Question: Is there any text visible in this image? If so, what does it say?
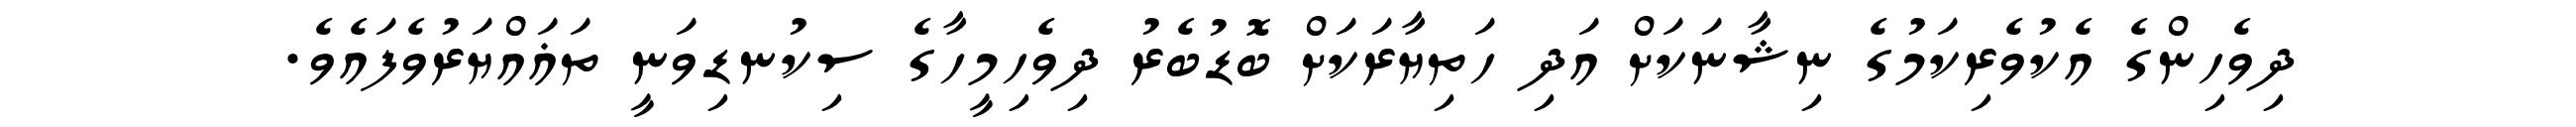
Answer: ދިވެހިންގެ އެކުވެރިކަމުގެ ނިޝާނަކަށް އަދި ހަތިޔާރަކަށް ބޮޑުބެރު ދިވެހިމީހާގެ ސިކުނޑިވަނީ ތަޣައްޔަރުވެފައެވެ.